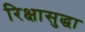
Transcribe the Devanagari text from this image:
रिक्षासुद्धा